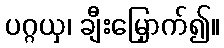
ပဂ္ဂယှ၊ ချီးမြှောက်၍။